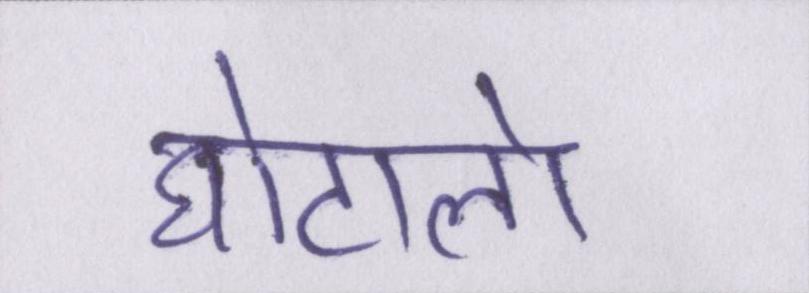
घोटालो